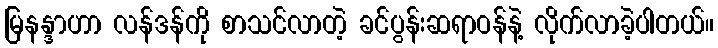
မြနန္ဒာဟာ လန်ဒန်ကို စာသင်လာတဲ့ ခင်ပွန်းဆရာဝန်နဲ့ လိုက်လာခဲ့ပါတယ်။